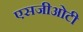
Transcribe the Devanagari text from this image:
एसजीओटी